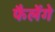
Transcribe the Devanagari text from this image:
फैलेंगे